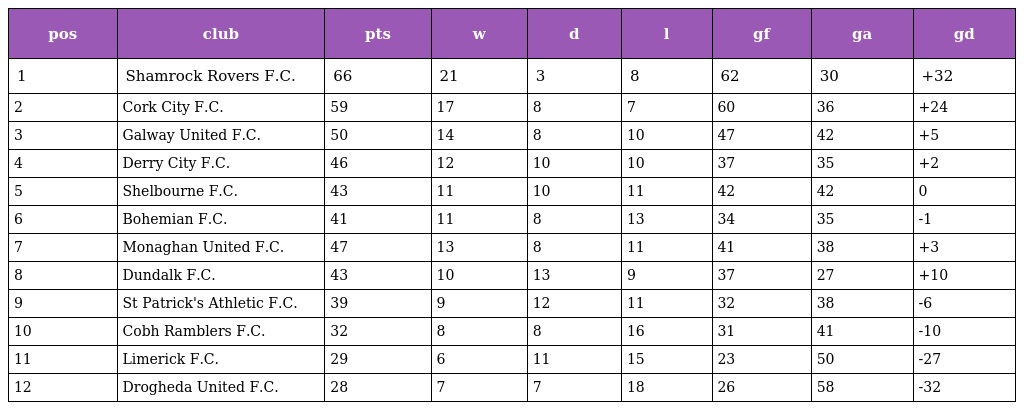
| pos | club | pts | w | d | l | gf | ga | gd |
 | --- | --- | --- | --- | --- | --- | --- | --- | --- |
 | 1 | Shamrock Rovers F.C. | 66 | 21 | 3 | 8 | 62 | 30 | +32 |
 | 2 | Cork City F.C. | 59 | 17 | 8 | 7 | 60 | 36 | +24 |
 | 3 | Galway United F.C. | 50 | 14 | 8 | 10 | 47 | 42 | +5 |
 | 4 | Derry City F.C. | 46 | 12 | 10 | 10 | 37 | 35 | +2 |
 | 5 | Shelbourne F.C. | 43 | 11 | 10 | 11 | 42 | 42 | 0 |
 | 6 | Bohemian F.C. | 41 | 11 | 8 | 13 | 34 | 35 | -1 |
 | 7 | Monaghan United F.C. | 47 | 13 | 8 | 11 | 41 | 38 | +3 |
 | 8 | Dundalk F.C. | 43 | 10 | 13 | 9 | 37 | 27 | +10 |
 | 9 | St Patrick's Athletic F.C. | 39 | 9 | 12 | 11 | 32 | 38 | -6 |
 | 10 | Cobh Ramblers F.C. | 32 | 8 | 8 | 16 | 31 | 41 | -10 |
 | 11 | Limerick F.C. | 29 | 6 | 11 | 15 | 23 | 50 | -27 |
 | 12 | Drogheda United F.C. | 28 | 7 | 7 | 18 | 26 | 58 | -32 |